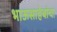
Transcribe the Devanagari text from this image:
भाऊसाहेबांचा